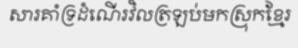
សារគាំទ្រដំណើរវិលត្រឡប់មកស្រុកខ្មែរ